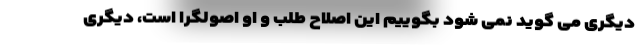
دیگری می گوید نمی شود بگوییم این اصلاح طلب و او اصولگرا است، دیگری